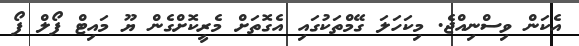
އެކަން ވިސްނިއްޖެ. މިކަހަލަ ގޭމްތަކުގައި އެގޮތަށް މެރީކޮށްގެން ޔޫ މައިޓް ފޯލް ފޯ